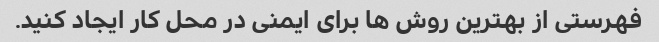
فهرستی از بهترین روش ها برای ایمنی در محل کار ایجاد کنید.